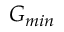
G _ { m i n }